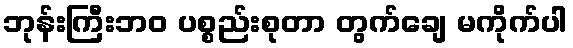
ဘုန်းကြီးဘဝ ပစ္စည်းစုတာ တွက်ချေ မကိုက်ပါ